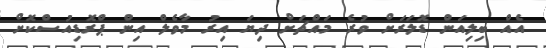
އެއް ބިލިއަން ޑޮލަރަށް ވުރެ މައްޗަށް ދިޔަ އިރު މާވެލް އިން ޕްރޮޑިއުސްކޮށް